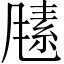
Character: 𬲃